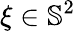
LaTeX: \xi\in\mathbb{S}^{2}